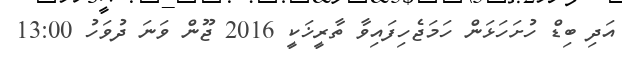
އަދި ބިޑް ހުށަހަޅަން ހަމަޖެހިފައިވާ ތާރީޚަކީ 2016 ޖޫން ވަނަ ދުވަހު 13:00